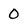
Character: 0